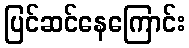
ပြင်ဆင်နေကြောင်း